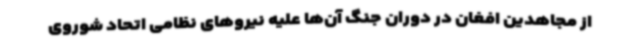
از مجاهدین افغان در دوران جنگ آن‌ها علیه نیروهای نظامی اتحاد شوروی